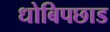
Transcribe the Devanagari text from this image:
धोबिपछाड